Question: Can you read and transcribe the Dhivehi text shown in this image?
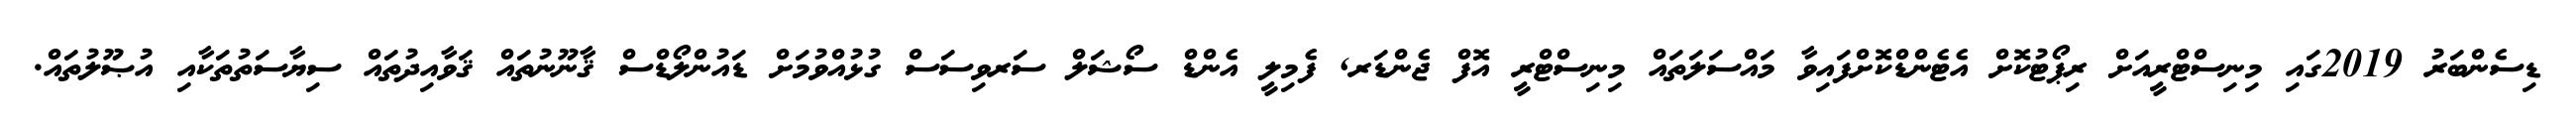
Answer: ޑިސެންބަރު 2019ގައި މިނިސްޓްރީއަށް ރިޕޯޓުކޮށް އެޓެންޑްކޮށްފައިވާ މައްސަލަތައް މިނިސްޓްރީ އޮފް ޖެންޑަރ, ފެމިލީ އެންޑް ސޯޝަލް ސަރވިސަސް ގުޅުއްވުމަށް ޑައުންލޯޑްސް ޤާނޫނުތައް ޤަވާއިދުތައް ސިޔާސަތުތަކާއި އުޞޫލުތައް.